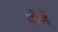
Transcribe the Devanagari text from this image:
दोडे